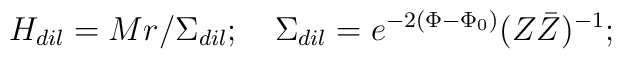
H_{dil}  = M r/ \Sigma_{dil};\quad\Sigma_{dil}=e^{-2(\Phi - {\Phi}_0)}(Z{\bar Z})^{-1};